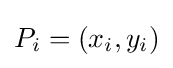
{\textstyle P_{i}=(x_{i},y_{i})}